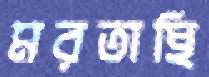
মরতাছি